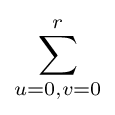
\sum _{u=0,v=0}^{r}